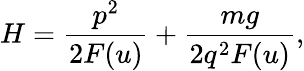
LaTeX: H=\frac{p^{2}}{2F(u)}+\frac{mg}{2q^{2}F(u)},